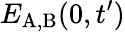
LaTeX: E_{\mathrm{A,B}}(0,t^{\prime})